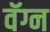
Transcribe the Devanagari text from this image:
वॅग्न